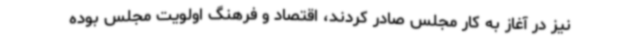
نیز در آغاز به کار مجلس صادر کردند، اقتصاد و فرهنگ اولویت مجلس بوده